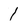
Character: 1